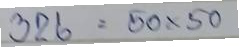
326 = 50x50